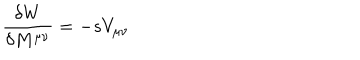
LaTeX: { \frac { \delta W } { \delta M ^ { \mu \nu } } } = - s V _ { \mu \nu }